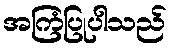
အကြံပြုပါသည်